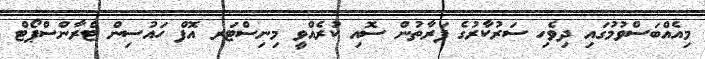
މިއެއްބަސްވުމުގައި ދިވެހި ސަރުކާރުގެ ފަރާތުން ސޮއި ކުރެއްވީ މިނިސްޓަރ އޮފް ހައުސިން ޓްރާންސްޕޯޓް